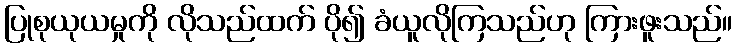
ပြုစုယုယမှုကို လိုသည်ထက် ပို၍ ခံယူလိုကြသည်ဟု ကြားဖူးသည်။